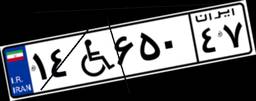
۱۴W۶۵۰۴۷